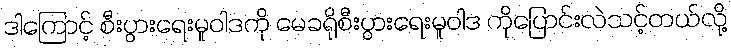
ဒါကြောင့် စီးပွားရေးမူဝါဒကို မေခရိုစီးပွားရေးမူဝါဒ ကိုပြောင်းလဲသင့်တယ်လို့